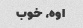
اوه، خوب